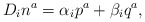
\begin{align*}D_{i}n^{a}=\alpha_{i}p^{a}+\beta_{i}q^{a},\end{align*}